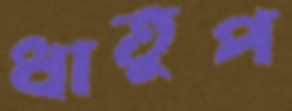
ধাতুপ